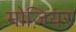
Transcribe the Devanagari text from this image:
मोज़ियर